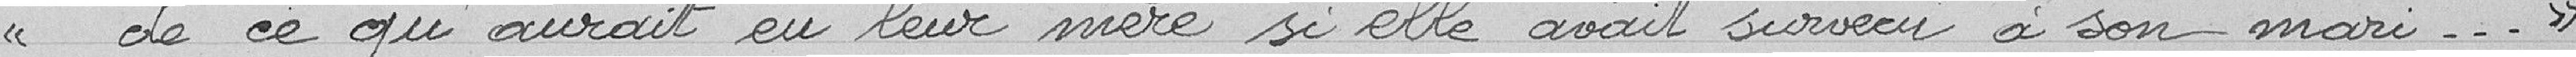
de ce qu'aurait eu leur mère si elle avait survécu à son mari "